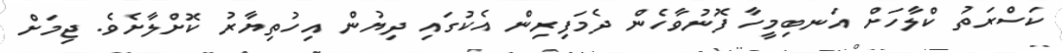
ކަސްރަތު ކްލާހަށް އަނބިމީހާ ފޮނުވާހެން ދެމަފިރިން އެކުގައި ދިޔުން އިހުތިޔާރު ކޮށްލާށެވެ. ޖިމަށް